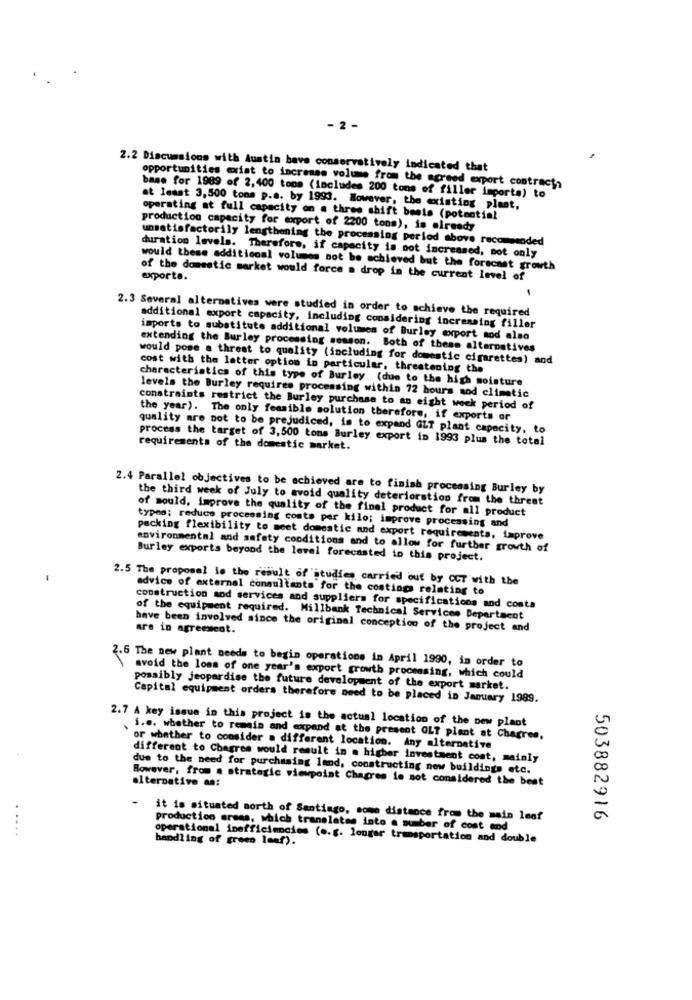
- 2 -
2.2 Discussions with Austin bave conservatively indicated that
opportunities exist to increase volume from the agreed export contract,
base for 1989 of 2,400 toos (includes 200 tons of filler importe) to
at least 3,500 tons p.a. by 1993. However, the existing plast,
operating at full capacity on a three shift beets (potential
production capacity for export of 2200 tons), is already
unsatisfactorily lengthening the processing period above recommended
duration levels. Therefore, if capacity is not increased, not only
would these additional volumes not be achieved but the forecast growth
of the domestic market would force a drop in the current level of
exporte.
2.3 Several alternatives were studied in order to achieve the required
additional export capacity, including considering increasing filler
isports to substitute additional volumes of Burley export sod also
extending the Burley processing season. Both of theas alternatives
would pose a threat to quality (including for domestic cigarettes) and
cost with the latter option in particular, threatening the
characteristics of this type of Burley (due to the high moisture
levels the Burley requires processing within 72 hours and climatic
constraints restrict the Burley purchase to an eight week period of
the year). The only feasible solution therefore, if exports or
quality are not to be prejudiced, is to expand GLT plant capacity, to
process the target of 3,500 tons Burley export in 1993 plus the total
requirements of the domestic market.
2.4 Parallel objectives to be achieved are to finish processing Burley by
the third week of July to avoid quality deterioration from the threat
of mould, improve the quality of the final product for all product
types; reduce processing costs per kilo; improve processing and
packing flexibility to meet domestic and export requirements, improve
environmental and safety conditions and to allow for further growth of
Burley exports beyond the level forecasted in this project.
2.5 The proposal is the result of studies carried out by CCT with the
advice of external consultants for the costings relating to
construction and services and suppliers for specifications and costa
of the equipment required. Millbank Technical Services Department
have been involved since the original conception of the project and
are in agreement.
2.6 The new plant needs to begin operations in April 1990, in order to
avoid the loss of one year's export growth processing, which could
possibly jeopardise the future development of the export market.
Capital equipment orders therefore need to be placed in January 1989.
2.7 A key issue in this project is the actual location of the new plant
i.e. whether to remain and expand at the present OLT plant at Chagres,
or whether to consider a different location. Any alternative
different to Chagres would result in . higher investment cost, mainly
due to the need for purchasing land, constructing new buildings etc.
However, from a strategic viewpoint Chagres le not considered the best
alternative as:
it is situated north of Santiago, some distance from the main leaf
503882916
production areas, which translates into a number of cost and
operational inefficiencies (o.g. longer transportation and double
handling of green leaf).